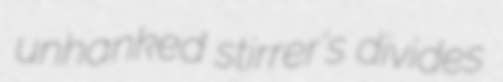
unhanked stirrer's divides